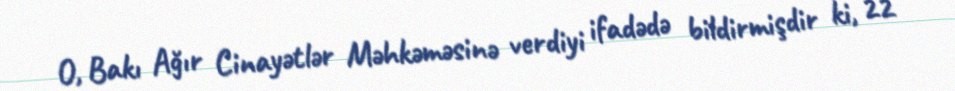
O, Bakı Ağır Cinayətlər Məhkəməsinə verdiyi ifadədə bildirmişdir ki, 22